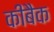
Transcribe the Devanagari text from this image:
कीबैक